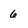
Character: 6